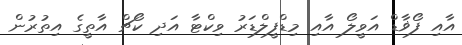
އާއި ފޯޥާޑް އަވީލޯ އާއި މިޑްފީލްޑަރު ވިކްޓާ އަދި ކޯޗް އާތީގެ އިތުރުން